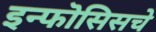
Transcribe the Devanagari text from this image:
इन्फॊसिसचे